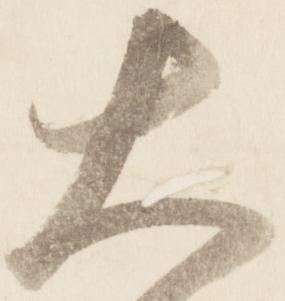
大